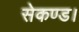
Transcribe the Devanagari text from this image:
सेकण्ड।